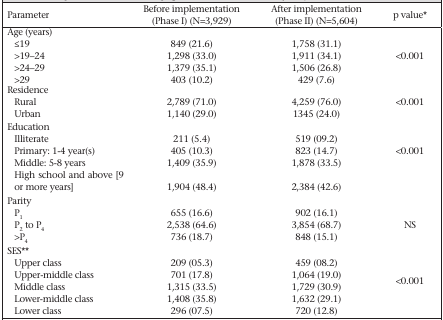
<table><thead><tr><td><b>Parameter</b></td><td><b>Before implementation (Phase I) (N=3,929)</b></td><td><b>After implementation (Phase II) (N=5,604)</b></td><td><b>p value*</b></td></tr></thead><tbody><tr><td colspan="4">Age (years)</td></tr><tr><td>≤19</td><td>849 (21.6)</td><td>1,758 (31.1)</td><td></td></tr><tr><td>&gt;19—24</td><td>1,298 (33.0)</td><td>1,911 (34.1)</td><td>&lt;0.001</td></tr><tr><td>&gt;24—29</td><td>1,379 (35.1)</td><td>1,506 (26.8)</td><td></td></tr><tr><td>&gt;29</td><td>403 (10.2)</td><td>429 (7.6)</td><td></td></tr><tr><td colspan="3">Residence</td></tr><tr><td>Rural</td><td>2,789 (71.0)</td><td>4,259 (76.0)</td><td>&lt;0.001</td></tr><tr><td>Urban</td><td>1,140 (29.0)</td><td>1345 (24.0)</td><td></td></tr><tr><td colspan="4">Education</td></tr><tr><td>Illiterate</td><td>211 (5.4)</td><td>519 (09.2)</td></tr><tr><td>Primary: 1-4 year(s)</td><td>405 (10.3)</td><td>823 (14.7)</td><td>&lt;0.001</td></tr><tr><td>Middle: 5-8 years</td><td>1,409 (35.9)</td><td>1,878 (33.5)</td><td></td></tr><tr><td>High school and above [9 or more years]</td><td>1,904 (48.4)</td><td>2,384 (42.6)</td><td></td></tr><tr><td colspan="4">Parity</td></tr><tr><td>P<sub>1</sub></td><td>655 (16.6)</td><td>902 (16.1)</td><td></td></tr><tr><td>P<sub>2</sub> to P<sub>4</sub></td><td>2,538 (64.6)</td><td>3,854 (68.7)</td><td>NS</td></tr><tr><td>&gt;P<sub>4</sub></td><td>736 (18.7)</td><td>848 (15.1)</td><td></td></tr><tr><td colspan="4">SES**</td></tr><tr><td>Upper class</td><td>209 (05.3)</td><td>459 (08.2)</td><td></td></tr><tr><td>Upper-middle class</td><td>701 (17.8)</td><td>1,064 (19.0)</td><td>&lt;0.001</td></tr><tr><td>Middle class</td><td>1,315 (33.5)</td><td>1,729 (30.9)</td><td></td></tr><tr><td>Lower-middle class</td><td>1,408 (35.8)</td><td>1,632 (29.1)</td><td></td></tr><tr><td>Lower class</td><td>296 (07.5)</td><td>720 (12.8)</td><td></td></tr></tbody></table>